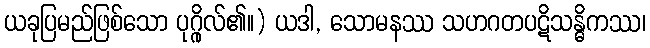
ယခုပြမည်ဖြစ်သော ပုဂ္ဂိုလ်၏။) ယဒါ, သောမနဿ သဟဂတပဋိသန္ဓိကဿ၊